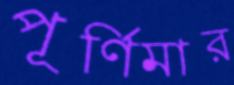
পূর্ণিমার